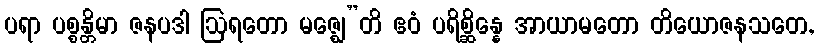
ပရာ ပစ္စန္တိမာ ဇနပဒါ ဩရတော မဇ္ဈေ”တိ ဧဝံ ပရိစ္ဆိန္နေ အာယာမတော တိယောဇနသတေ,